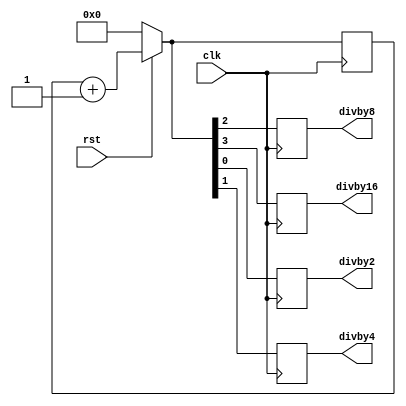
module clockdivider(input clk,rst,
output reg divby2,divby4,divby8,divby16);
reg [3:0]count=4'b0000;
always@(posedge clk)
begin
if(rst==0)
count=4'b0000;
else
count<=count+1;
divby2<=count[0];
divby4<=count[1];
divby8<=count[2];
divby16<=count[3];
end

endmodule